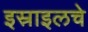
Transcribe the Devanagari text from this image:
इस्राइलचे